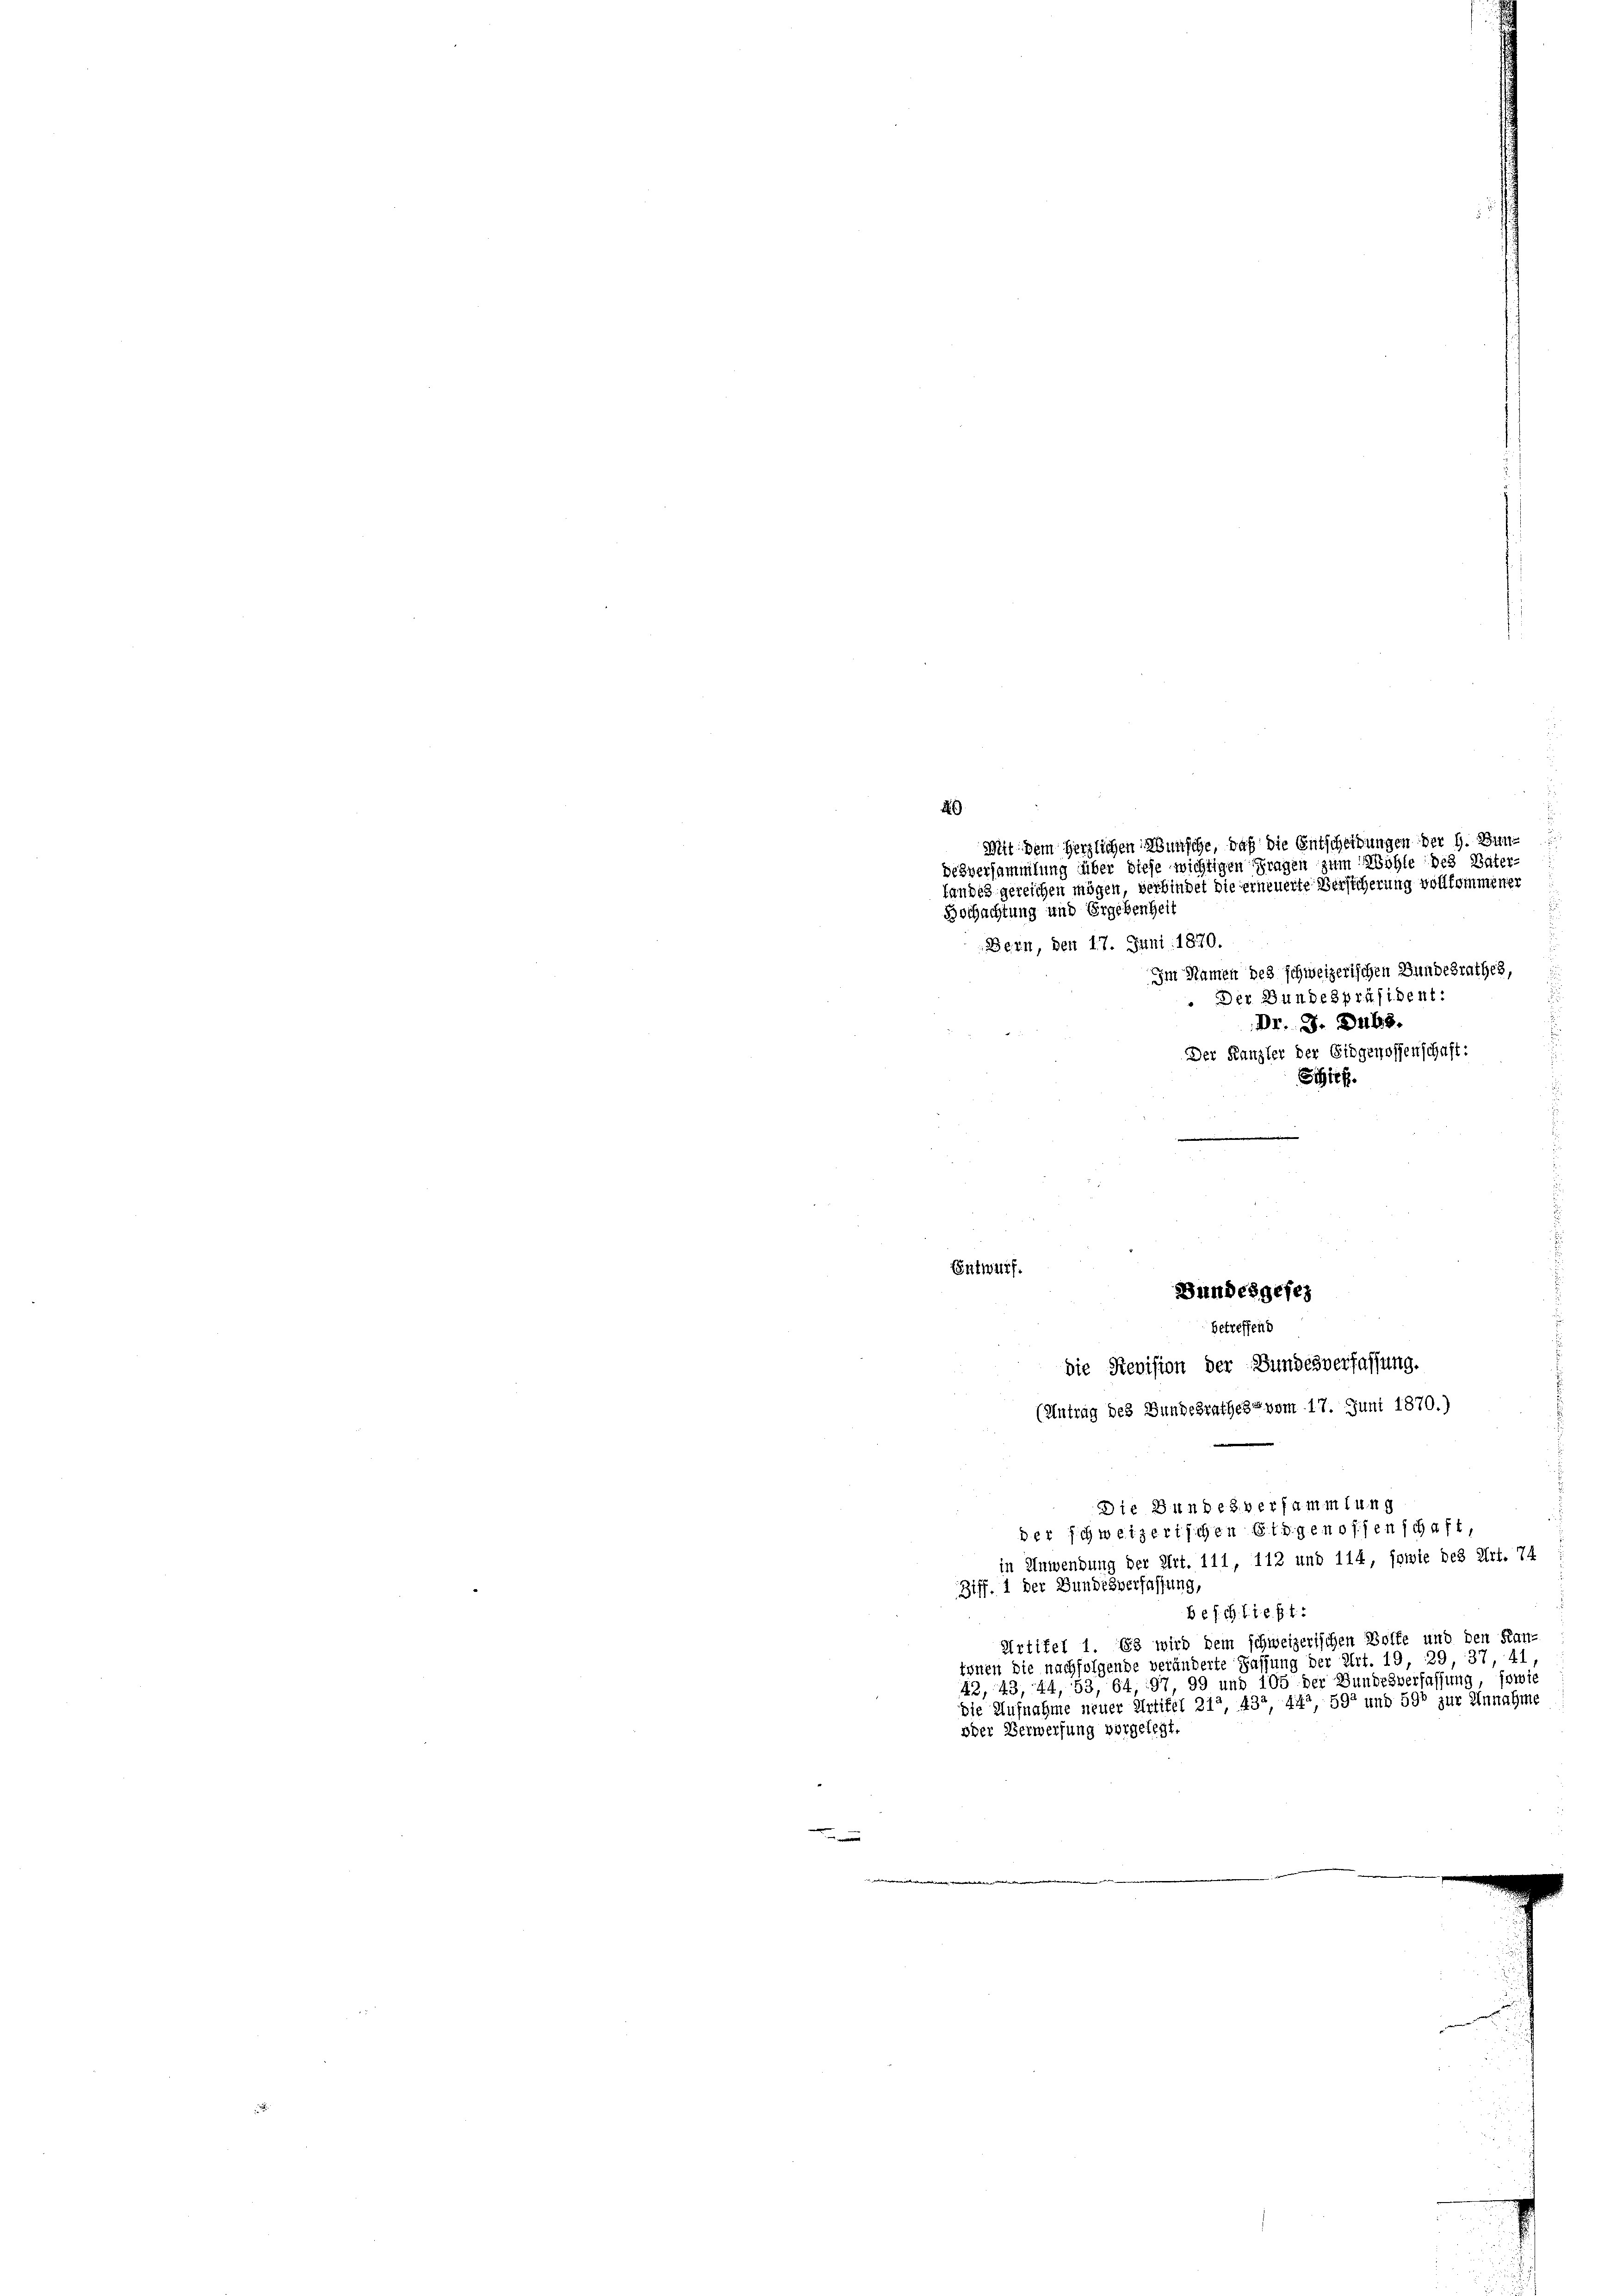
Bochachtung und Ergebenheit
Bern, den 17. Juni 1870.
 Der Bundespräsident:
Dr. J. Dubs.
Der Kanzler der Eidgenossenschaft:
Schief
.

Entwurf.

Mit dem Herzlichen Wünsche, daß die Entscheidungen der h. Bun¬
Desversammlung über diese wichtigen Fragen zum Wohle des Vater-
Landes gereichen mögen, verbindet die erneuerte Versicherung vollkommener

Bundesgefeh
betreffend
die Revision der Bundesverfassung.
(Antrag des Bundesrathes vom 17. Juni 1870.)

Die Bundesversammlung
der schweizerischen Eidgenossenschaft

Im Namen des schweizerischen Bundesrathes,

in Anwendung der Art. 111, 112 und 114, sowie des Art. 74
Ziff. 1 der Bundesverfassung,
besch. S. 18. p. 1.
Artikel 1. Es wird dem schweizerischen Wolfe und den Kan-
tönen die nachfolgende veränderte Fassung der Art. 19, 29, 37, 41
42, 43, 44, 53, 64, 97, 99 und 105 der Bundesverfassung, sowie
die Aufnahme neuer Artikel 212, 432, 44. 592 und 590 zur Annahme
oder Verwerfung vorgelegt.